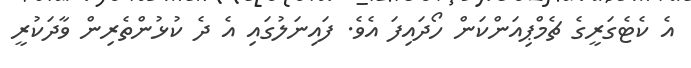
އެ ކެޓެގަރީގެ ޗެމްޕިއަންކަން ހޯދައިފަ އެވެ. ފައިނަލުގައި އެ ދެ ކުޅުންތެރިން ވާދަކުރީ